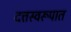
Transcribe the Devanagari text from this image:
दत्तस्वरूपात